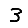
Digit: 3